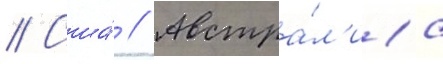
// Сша́ // Австра́л'иа